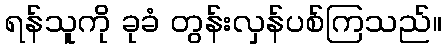
ရန်သူကို ခုခံ တွန်းလှန်ပစ်ကြသည်။